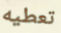
تعطيه